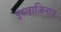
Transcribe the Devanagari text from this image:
इरुवाज़िनाड